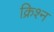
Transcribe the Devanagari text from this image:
क्रिश्न